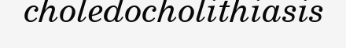
choledocholithiasis